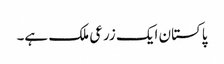
پاکستان ایک زرعی ملک ہے۔